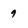
Character: 9